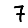
Digit: 7